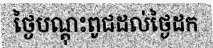
ថ្ងៃបណ្តុះពូជដល់ថ្ងៃដក